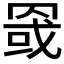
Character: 𰭏